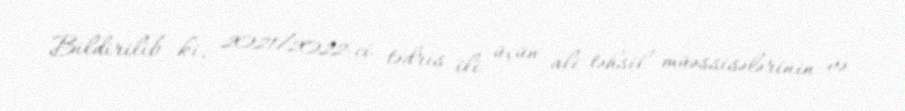
Bildirilib ki, 2021/2022-ci tədris ili üçün ali təhsil müəssisələrinin və